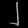
Digit: ၂